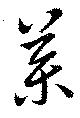
薬